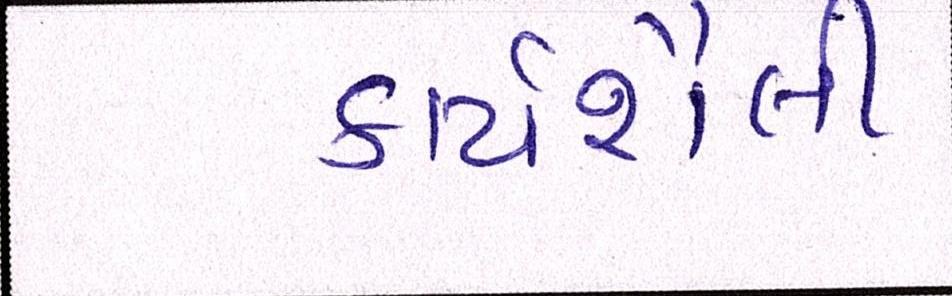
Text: કાર્યશૈલી